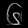
Digit: ၆